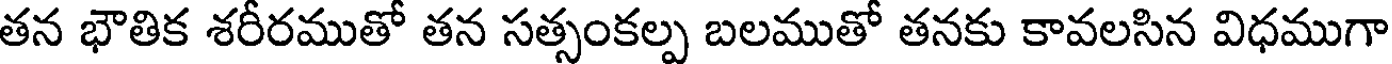
తన భౌతిక శరీరముతో తన సత్సంకల్ప బలముతో తనకు కావలసిన విధముగా